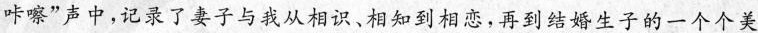
咔嚓”声中,记录了妻子与我从相识、相知到相恋,再到结婚生子的一个个美